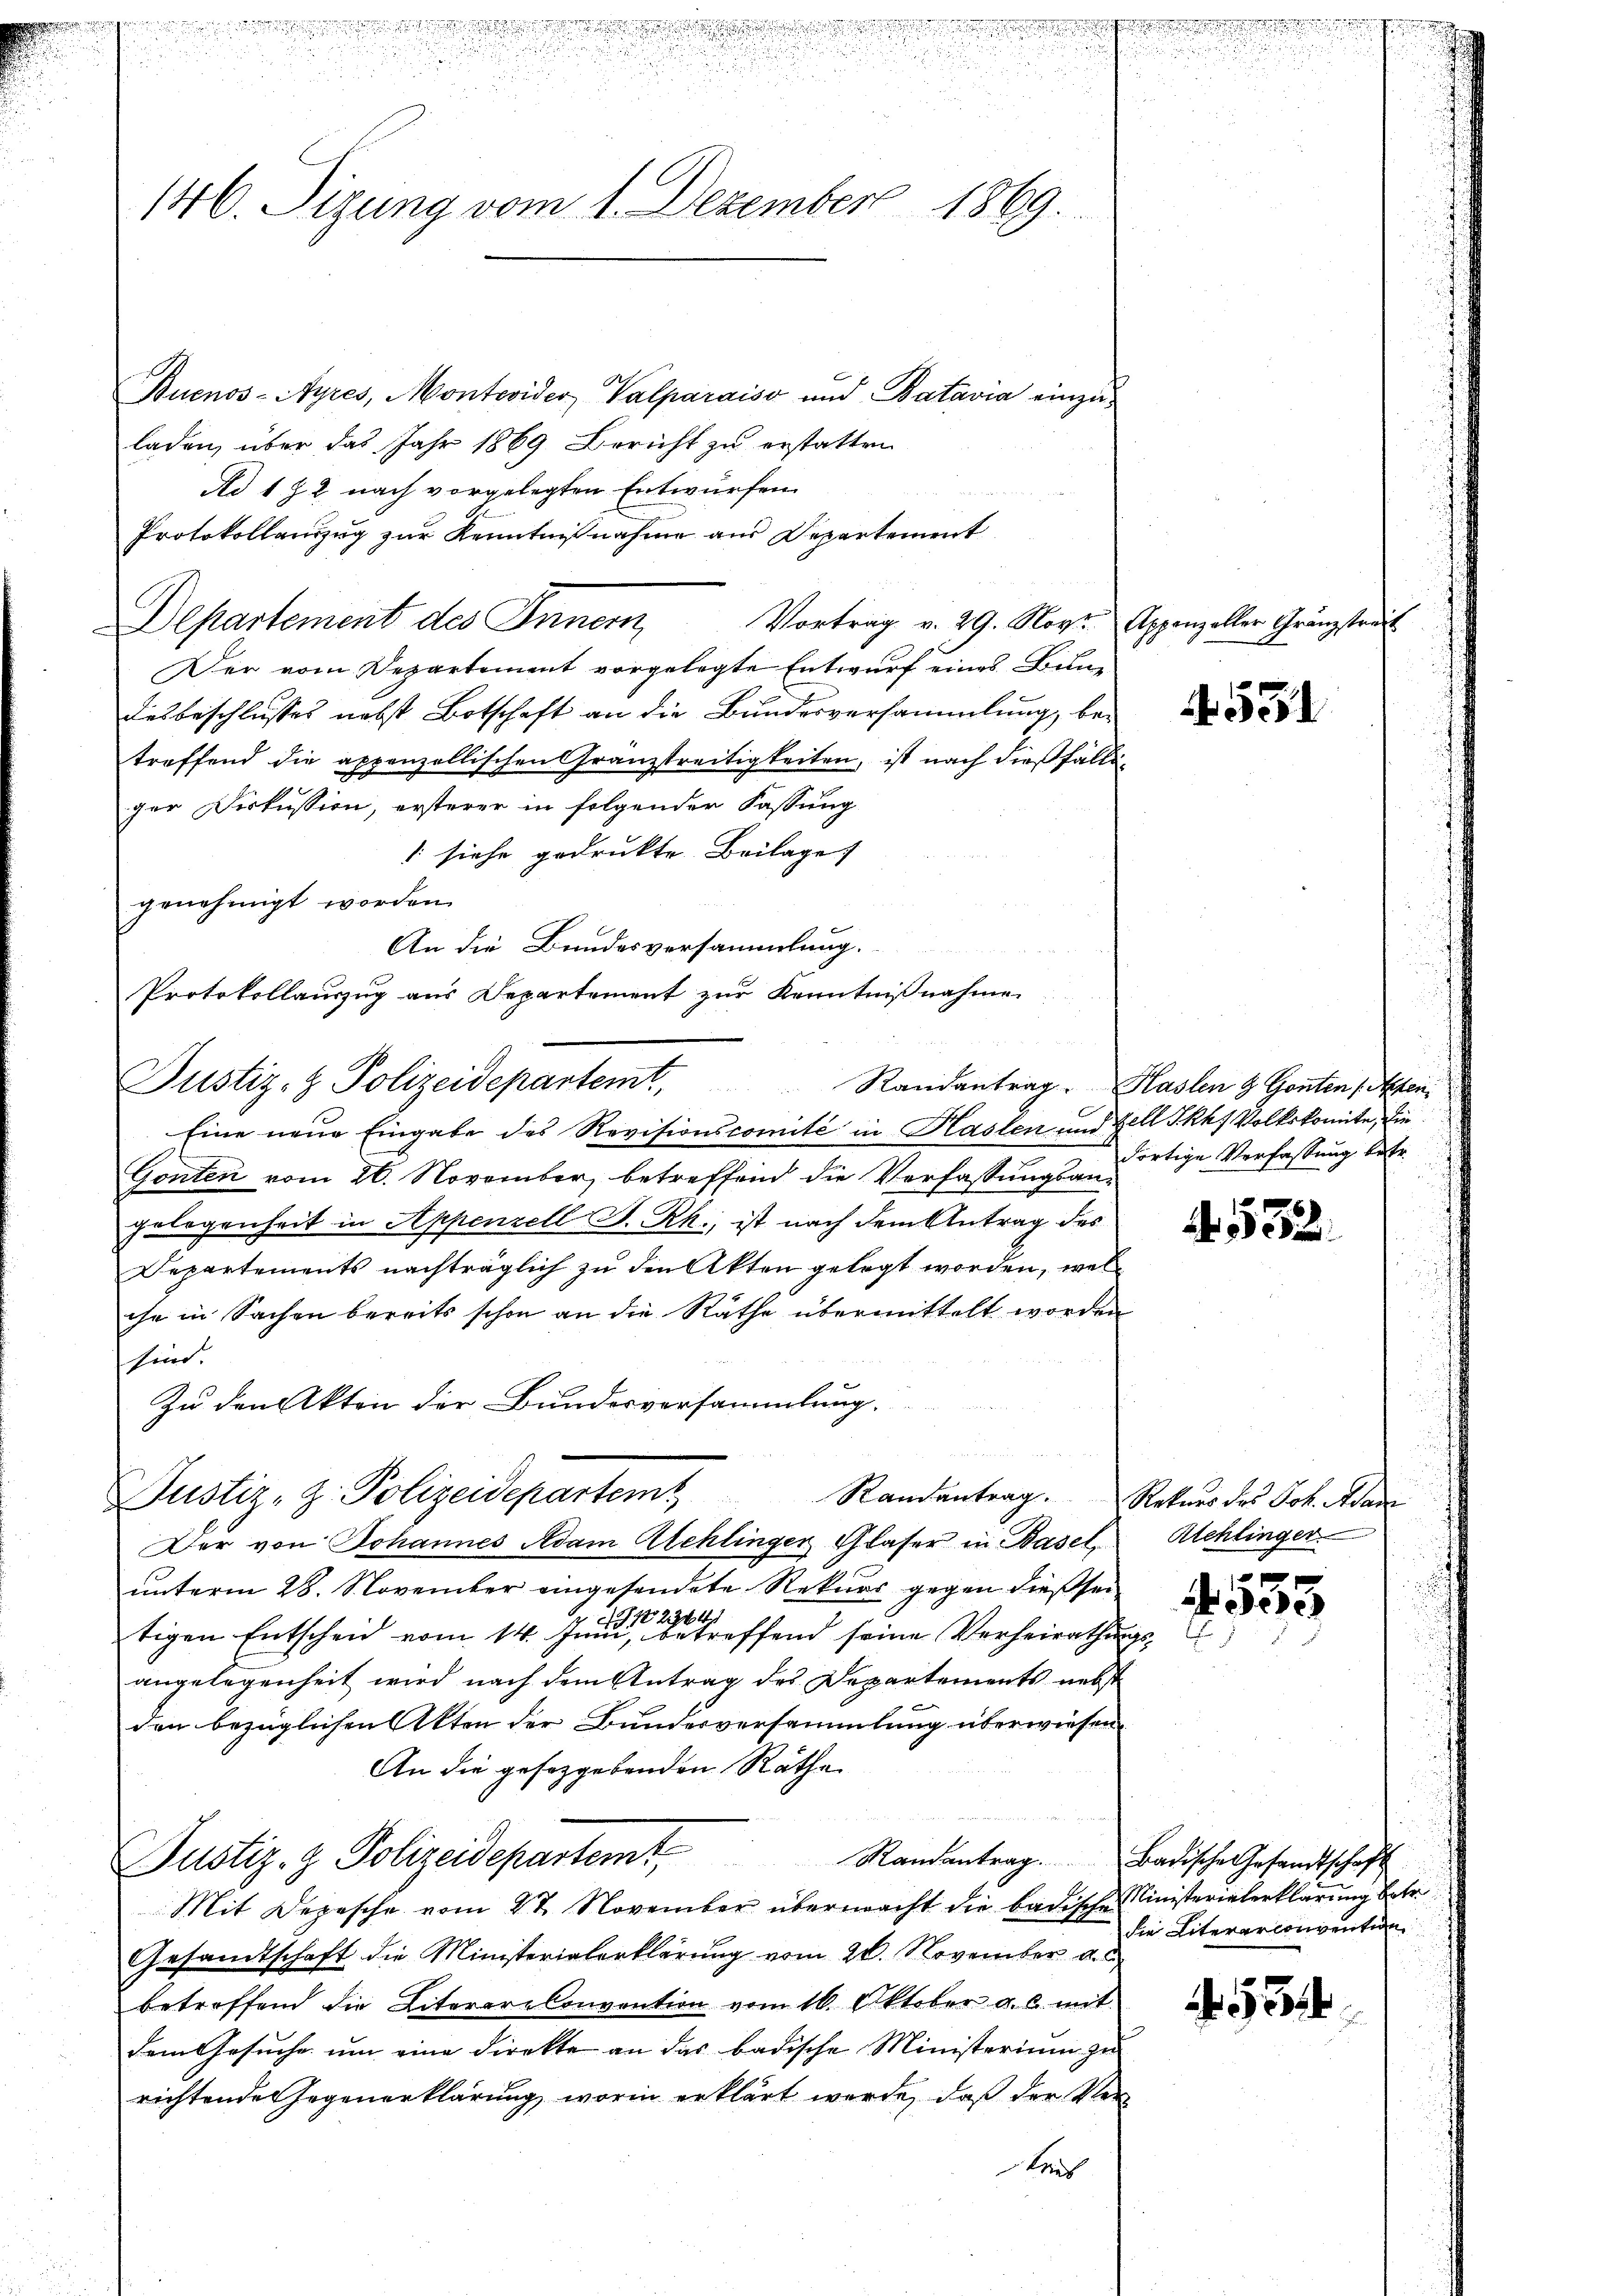
n
146. Sizung vom 1. Dezember 1869.

Buenos-Ayres, Montevider, Valparais und Batavia einzuladen, über das Jahr 1869 Bericht zu erstatten
Ad 172 nach vorgelegten Entwürfen
Protokollauszug zur Kenntnißnahme aus Departement
Der vom Departement vorgelegte Entwurf eines Bun
desbeschlusses nebst Botschaft an die Bundesversammlung, betreffend die appenzellischen Gränzstreitigkeiten, ist nach dießfälliger Diskussion, ersterer in folgender Fassung
 siehe gedruckte Beilage
genehmigt worden.
An die Bundesversammlung.
Protokollauszug aus Departement zur Kenntnißnahme.
Eine neue Eingabe des Revisionscomité in Haslen und Zell I.Rh. Volkskomite, die
Gonten vom 26. November betreffend die Verfassungsangelegenheit in Appenzell S. Rh., ist nach dem Antrag des
Departements nachträglich zu den Akten gelegt worden, wel
che in Sachen bereits schon an die Räthe übermittelt worden
shin.
Zu den Akten der Bundesvorsammlung.
Randantrag.
Justiz-Z. Polizeidepartem
Der von Johannes Adam Alchlinger Glaser in Basel Rehlinger
unterm 28. November eingesendete Rekurs gegen dießsei
tigen Entscheid vom 14. Juni e i betreffend seine Verheirathung
angelegenheit wird nach dem Antrag des Departements nebst
den bezüglichen Akten der Bundesversammlung überwiesen.
An die gesetzgebenden Räthe
Justiz- & Polizeidepartemt,
Randantrag. Badische Gesandtschaft
Mit Depesche vom 27. November übermacht die badische Ministerialerklärung betr.
Gesandtschaft die Ministerialerklärung vom 20. November a. c.
betroffend die Literere Convention vom 16. Oktober a. b. mit
dem Gesuche um eine Direkte an das badische Ministerium zu
richtende Gegenerklärung, worin erklärt werde, daß der Vertres

Justiz- & Polizeidepartemt,

Departement des Innern Vortrag v. 29. Nov. Appen aller Gränzstreul

u
.
i

551

Randantrag. Haslen & Gonten (Abtei
dortige Verfassung betr.

A. 532.

Rekurs des Joh. Man

4553
s

die Literarconvention

52